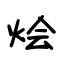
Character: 烩